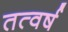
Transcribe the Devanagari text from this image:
तत्वर्ष